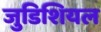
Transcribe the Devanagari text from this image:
जुडिशियल